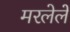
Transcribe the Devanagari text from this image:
मरलेलें